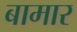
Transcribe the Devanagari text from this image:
बामार